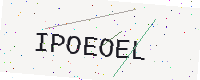
Text: IPOEOEL